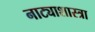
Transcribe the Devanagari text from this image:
नाट्याशास्त्रा